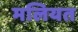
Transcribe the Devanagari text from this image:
मलियत